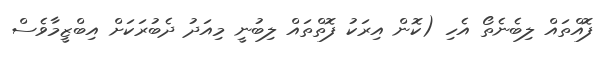
ފޮއްތައް ލިބެނެތޯ އެހި (ކޮން އިރަކު ފޮތްތައް ލިބުނީ މިއަދު ދެބުރަކަށް އިބްޒީމާވެސް